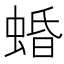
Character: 𧍎